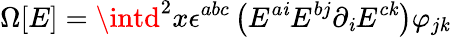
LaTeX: \Omega[E]=\intd^{2}x\epsilon^{abc}\left(E^{a\mathit{i}}E^{bj}\partial_{\mathit{i}}E^{c\mathit{k}}\right)\varphi_{j\mathit{k}}